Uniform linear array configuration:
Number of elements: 24
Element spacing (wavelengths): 0.5
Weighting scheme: cosine
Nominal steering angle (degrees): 45
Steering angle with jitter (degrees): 43.979
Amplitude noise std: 0.05
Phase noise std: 0.05

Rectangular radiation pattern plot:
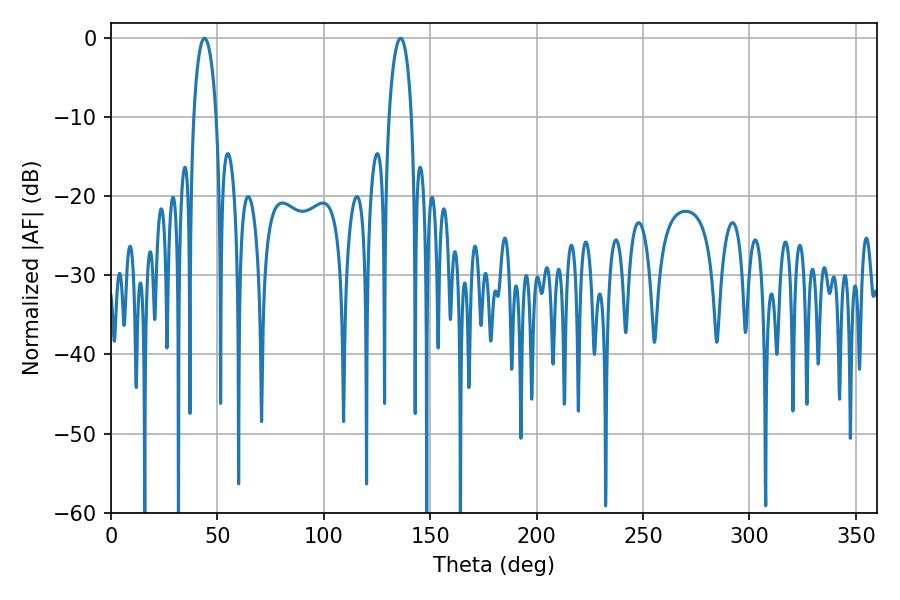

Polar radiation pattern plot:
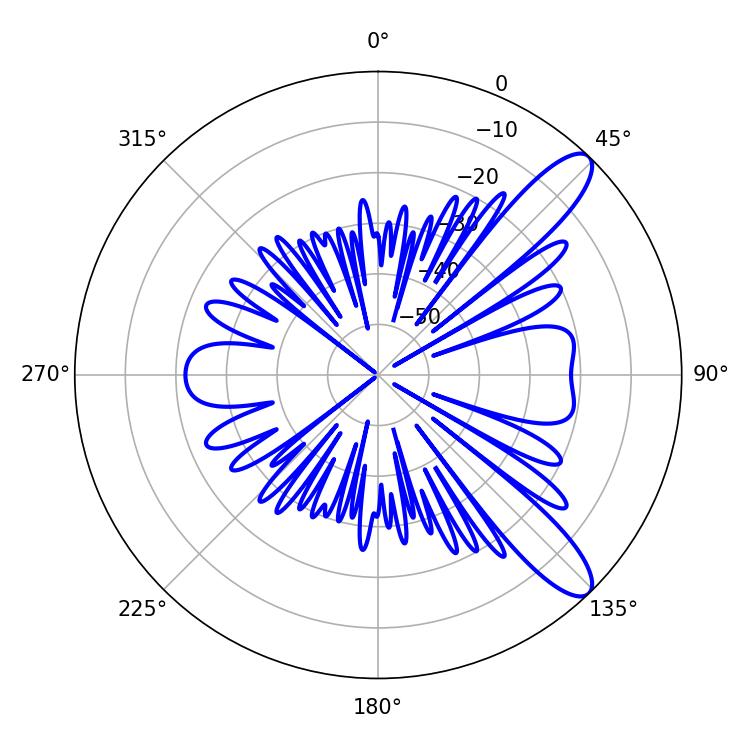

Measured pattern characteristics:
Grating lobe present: FALSE
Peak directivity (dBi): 10.917
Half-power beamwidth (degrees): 5.94
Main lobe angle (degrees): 43.92